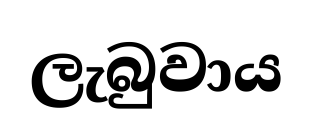
ලැබුවාය